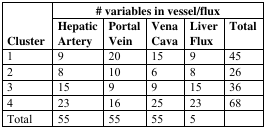
<table><thead><tr><td rowspan="2"><b>Cluster</b></td><td colspan="5"><b># variables in vessel/flux</b></td></tr><tr><td><b>Hepatic Artery</b></td><td><b>Portal Vein</b></td><td><b>Vena Cava</b></td><td><b>Liver Flux </b></td><td><b>Total</b></td></tr></thead><tbody><tr><td>1</td><td>9</td><td>20</td><td>15</td><td>9</td><td>45</td></tr><tr><td>2</td><td>8</td><td>10</td><td>6</td><td>8</td><td>26</td></tr><tr><td>3</td><td>15</td><td>9</td><td>9</td><td>15</td><td>36</td></tr><tr><td>4</td><td>23</td><td>16</td><td>25</td><td>23</td><td>68</td></tr><tr><td>Total</td><td>55</td><td>55</td><td>55</td><td>5</td><td></td></tr></tbody></table>